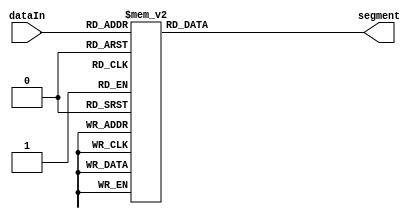
//
//  seg7.v
//  7-segment decoder.
//
//  Created by Zakhary Kaplan on 2019-09-29.
//  Copyright  2019 Zakhary Kaplan. All rights reserved.
//

module seg7(
    input [3:0] dataIn,
    output reg [6:0] segment
    );

    always @(*)
    begin: dataEncoding
        case (dataIn)
            4'h0: segment = 7'b1000000; // 0
            4'h1: segment = 7'b1111001; // 1
            4'h2: segment = 7'b0100100; // 2
            4'h3: segment = 7'b0110000; // 3
            4'h4: segment = 7'b0011001; // 4
            4'h5: segment = 7'b0010010; // 5
            4'h6: segment = 7'b0000010; // 6
            4'h7: segment = 7'b1111000; // 7
            4'h8: segment = 7'b0000000; // 8
            4'h9: segment = 7'b0011000; // 9
            4'hA: segment = 7'b0001000; // A
            4'hB: segment = 7'b0000011; // b
            4'hC: segment = 7'b1000110; // C
            4'hD: segment = 7'b0100001; // d
            4'hE: segment = 7'b0000110; // E
            4'hF: segment = 7'b0001110; // F
            default: segment = 7'b1111111;
        endcase
    end // dataEncoding
endmodule